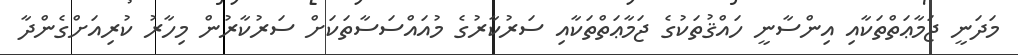
މަދަނީ ޖަމާޢަތްތަކާއި އިންސާނީ ހައްޤުތަކުގެ ޖަމާޢަތްތަކާއި ސަރުކާރުގެ މުއައްސަސާތަކަށް ސަރުކާރުން މިހާރު ކުރިއަށްގެންދާ